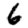
Digit: 6